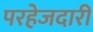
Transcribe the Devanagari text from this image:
परहेजदारी